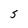
Character: S